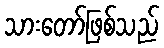
သားတော်ဖြစ်သည်